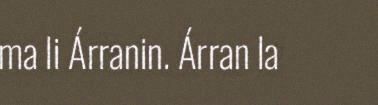
ma li Árranin. Árran la